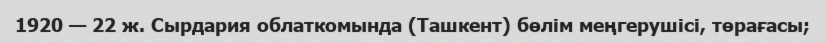
1920 — 22 ж. Сырдария облаткомында (Ташкент) бөлім меңгерушісі, төрағасы;